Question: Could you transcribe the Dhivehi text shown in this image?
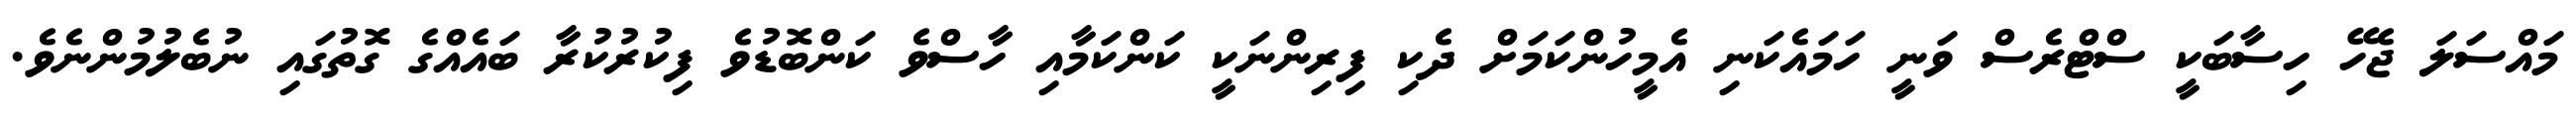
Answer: މައްސަލަ ޖެހޭ ހިސާބަކީ ސްޓްރެސް ވަނީ ހަމައެކަނި އެމީހުންކަމަށް ދެކި ފިރިންނަކީ ކަންކަމާއި ހާސްވެ ކަންބޮޑުވެ ފިކުރުކުރާ ބައެއްގެ ގޮތުގައި ނުބެލުމުންނެވެ.